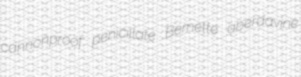
cannonproof penicillate Bernette aberdavine